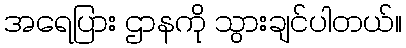
အရေပြား ဌာနကို သွားချင်ပါတယ်။